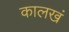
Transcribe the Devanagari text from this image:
कालखं